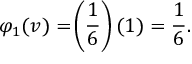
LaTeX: \varphi _ { 1 } ( v ) = \! \left( { \frac { 1 } { 6 } } \right) ( 1 ) = { \frac { 1 } { 6 } } .